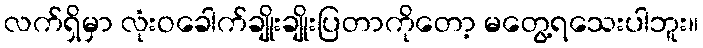
လက်ရှိမှာ လုံးဝခေါက်ချိုးချိုးပြတာကိုတော့ မတွေ့ရသေးပါဘူး။